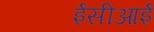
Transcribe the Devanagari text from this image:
ईसीआई